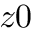
z 0